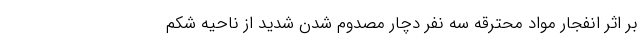
بر اثر انفجار مواد محترقه سه نفر دچار مصدوم شدن شدید از ناحیه شکم